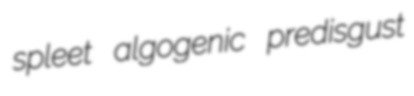
spleet algogenic predisgust